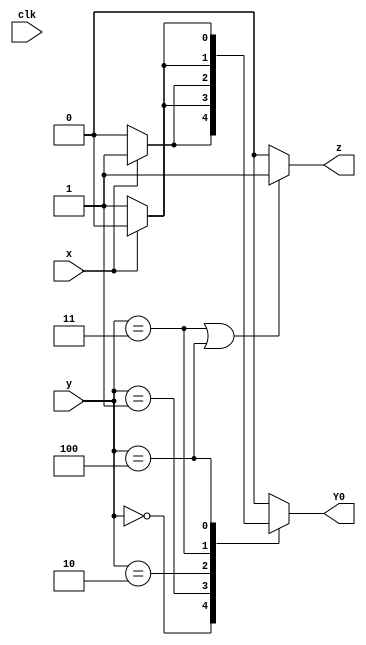
module top_module (
    input clk,
    input [2:0] y,
    input x,
    output Y0,
    output z
);

    reg [2:0] nextSt;
    always@(*) begin
        case(y)
            3'b000:nextSt=x?3'b001:3'b000;
            3'b001:nextSt=x?3'b100:3'b001;
            3'b010:nextSt=x?3'b001:3'b010;
            3'b011:nextSt=x?3'b010:3'b001;
            3'b100:nextSt=x?3'b100:3'b011;
            default:nextSt=3'b000;
        endcase
    end

    assign Y0=nextSt[0];
    assign z=(y==3'b011 || y==3'b100)?1'b1:1'b0;

endmodule